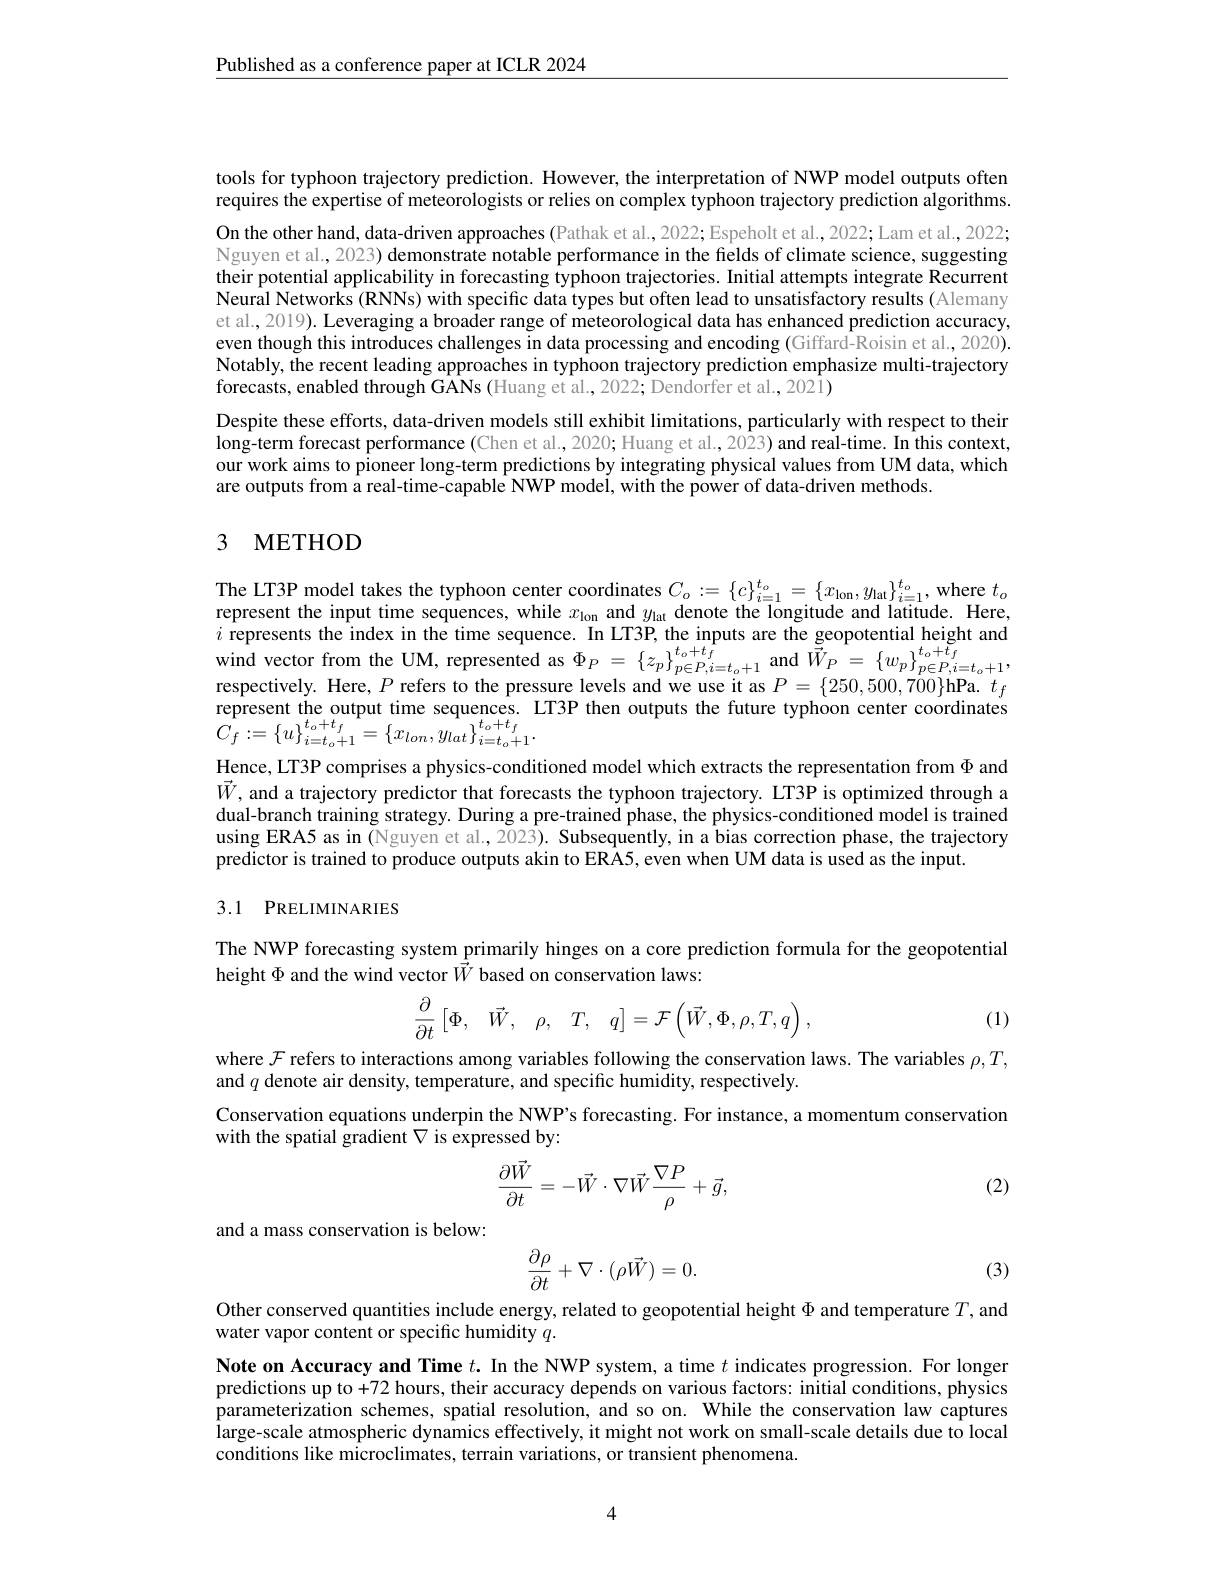
$\underline{\text{Published as a conference paper at ICLR 2024}}$

tools for typhoon trajectory prediction. However, the interpretation of NWP model outputs often requires the expertise of meteorologists or relies on complex typhoon trajectory prediction algorithms

On the other hand, data-driven approaches (Pathak et al., 2022; Espeholt et al., 2022; Lam et al., 2022; Nguyen et al., 2023) demonstrate notable performance in the fields of climate science, suggesting their potential applicability in forecasting typhoon trajectories. Initial attempts integrate Recurrent Neural Networks (RNNs) with specific data types but often lead to unsatisfactory results ( Alemany et al., 2019). Leveraging a broader range of meteorological data has enhanced prediction accuracy, even though this introduces challenges in data processing and encoding (Giffard-Roisin et al., 2020). Notably, the recent leading approaches in typhoon trajectory prediction emphasize multi-trajectory forecasts, enabled through GANs (Huang et al.,2022; Dendorfer et al.,2021)
Despite these efforts, data-driven models still exhibit limitations, particularly with respect to their long-term forecast performance (Chen et al., 2020; Huang et al., 2023) and real-time. In this context, our work aims to pioneer long-term predictions by integrating physical values from UM data, which are outputs from a real-time-capable NWP model, with the power of data-driven methods.

## 3 METHOD

The LT3P model takes the typhoon center coordinates $C_o:=\{c\}_{i=1}^{t_o}=\{x_{\mathrm{lon}},y_{\mathrm{lat}}\}_{i=1}^{t_o}$, where $t_o$ represent the input time sequences, while $x_\mathrm{lon}$ and $y_\mathrm{lat}$ denote the longitude and latitude. Here, $\begin{array}{rl}{i\text{ represents the index in the time sequence. In LT3P, the inputs are the geopotential height and}}\\{\mathrm{wind~vector~from~the~UM,~represented~as~}\Phi_{P}=\left\{z_{p}\right\}_{p\in P,i=t_{o}+1}^{t_{o}+t_{f}}{\mathrm{and~}}\vec{W}_{P}=\left\{w_{p}\right\}_{p\in P,i=t_{o}+1}^{t_{o}+t_{f}},}\end{array}$ respectively. Here, $P$ refers to the pressure levels and we use it as $P=\{250,500,700\}$hPa. $t_f$ $\begin{array}{l}\text{represent the output time sequences. LT3P then outputs the future typhoon center coordinates}\\C_{f}:=\{u\}_{i=t_o+1}^{t_o+t_f}=\{x_{lon},y_{lat}\}_{i=t_o+1}^{t_o+t_f}.\end{array}$ Hence, LT3P comprises a physics-conditioned model which extracts the representation from $\Phi$ and $\vec{W}$, and a trajectory predictor that forecasts the typhoon trajectory. LT3P is optimized through a dual-branch training strategy. During a pre-trained phase, the physics-conditioned model is trained using ERA5 as in (Nguyen et al., 2023). Subsequently, in a bias correction phase, the trajectory predictor is trained to produce outputs akin to ERA5, even when UM data is used as the input.

## 3.1 PRELIMINARIES

The NWP forecasting system primarily hinges on a core prediction formula for the geopotential
height $\Phi$ and the wind vector $\vec{W}$ based on conservation laws:
$$\frac{\partial}{\partial t}\begin{bmatrix}\Phi,&\vec{W},&\rho,&T,&q\end{bmatrix}=\mathcal{F}\left(\vec{W},\Phi,\rho,T,q\right),$$
(1)

where $\mathcal{F}$ refers to interactions among variables following the conservation laws. The variables $\rho,T$,
and $q$ denote air density, temperature, and specific humidity, respectively
Conservation equations underpin the NWP's forecasting. For instance, a momentum conservation
with the spatial gradient $\nabla$ is expressed by:

(2)
$$\begin{aligned}\frac{\partial\vec W}{\partial t}=-\vec W\cdot\nabla\vec W\frac{\nabla P}{\rho}+\vec g,\end{aligned}$$
and a mass conservation is below:
$$\dfrac{\partial\rho}{\partial t}+\nabla\cdot(\rho\vec{W})=0.$$
(3)

Other conserved quantities include energy, related to geopotential height $\Phi$ and temperature $T$, and
water vapor content or specific humidity $q.$

Note on Accuracy and Time $t.$ In the NWP system, a time $t$ indicates progression. For longer predictions up to +72 hours, their accuracy depends on various factors: initial conditions, physics parameterization schemes, spatial resolution, and so on. While the conservation law captures large-scale atmospheric dynamics effectively, it might not work on small-scale details due to local conditions like microclimates, terrain variations, or transient phenomena.

4